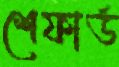
শেফার্ড